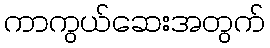
ကာကွယ်ဆေးအတွက်